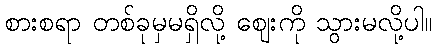
စားစရာ တစ်ခုမှမရှိလို့ ဈေးကို သွားမလို့ပါ။